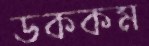
ডককম